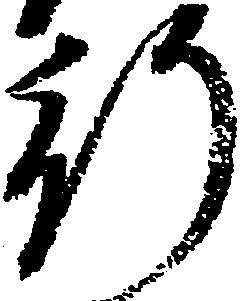
行